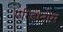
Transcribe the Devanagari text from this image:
एरिडानोस